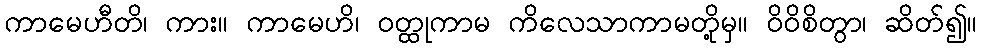
ကာမေဟီတိ၊ ကား။ ကာမေဟိ၊ ဝတ္ထုကာမ ကိလေသာကာမတို့မှ။ ဝိဝိစိတွာ၊ ဆိတ်၍။